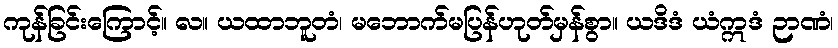
ကုန်ခြင်းကြောင့်။ လ။ ယထာဘူတံ၊ မဘောက်မပြန်ဟုတ်မှန်စွာ။ ယဒိဒံ ယံဣဒံ ဉာဏံ၊